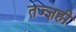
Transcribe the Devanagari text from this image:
तज्ज्ञही